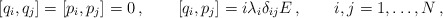
\begin{align*}[q_i,q_j]=[p_i,p_j]=0\,,\qquad[q_i,p_j]=i\lambda_i\delta_{ij}E\,,\qquad i,j=1,\dots,N\,,\end{align*}